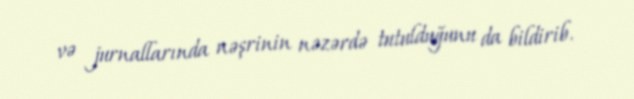
və jurnallarında nəşrinin nəzərdə tutulduğunu da bildirib.